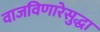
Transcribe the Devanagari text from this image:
वाजविणारेसुद्धा